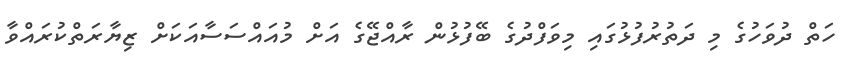
ހަތް ދުވަހުގެ މި ދަތުރުފުޅުގައި މިވަފްދުގެ ބޭފުޅުން ރާއްޖޭގެ އަށް މުއައްސަސާއަކަށް ޒިޔާރަތްކުރައްވާ